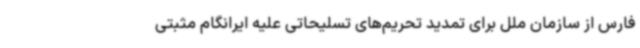
فارس از سازمان ملل برای تمدید تحریم‌های تسلیحاتی علیه ایرانگام مثبتی